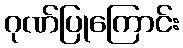
ဂုဏ်ပြုကြောင်း